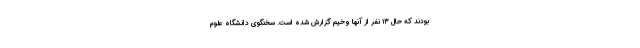
بودند که حال ۱۳ نفر از آنها وخیم گزارش شده است. سخنگوی دانشگاه علوم